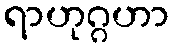
ရာဟုဂ္ဂဟာ